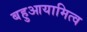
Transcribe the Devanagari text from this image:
बहुआयामित्व